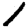
Digit: 1